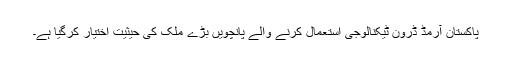
پاکستان آرمڈ ڈرون ٹیکنالوجی استعمال کرنے والے پانچویں بڑے ملک کی حیثیت اختیار کرگیا ہے۔